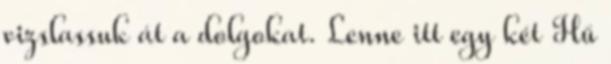
vizslassuk át a dolgokat. Lenne itt egy két Hű